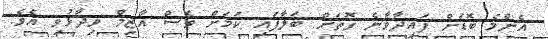
އެންމެ ބޮޑަށް ފައިދާވާނެ ގޮތަށް ބަލާފައި ކަމަށް ވެސް އާޒިމް ވިދާޅުވި އެވެ.